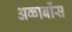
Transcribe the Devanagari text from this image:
अकार्बोस